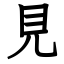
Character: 見